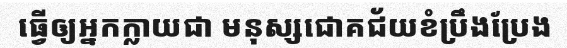
ធ្វើឲ្យអ្នកក្លាយជា មនុស្សជោគជ័យខំប្រឹងប្រែង